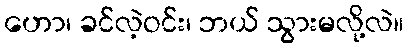
ဟော၊ ခင်လဲ့ဝင်း၊ ဘယ် သွားမလို့လဲ။